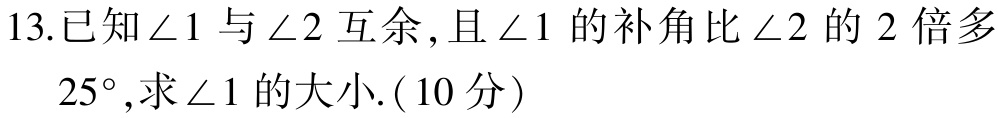
13.已知\(\angle 1\)与\(\angle 2\)互余,且\(\angle 1\)的补角比\(\angle 2\)的\(2\)倍多\(25^{\circ}\),求\(\angle 1\)的大小.( \(10\)分）